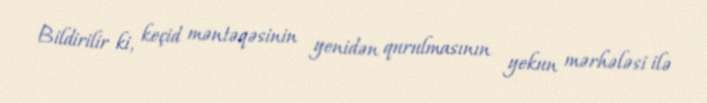
Bildirilir ki, keçid məntəqəsinin yenidən qurulmasının yekun mərhələsi ilə